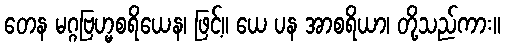
တေန မဂ္ဂဗြဟ္မစရိယေန၊ ဖြင့်။ ယေ ပန အာစရိယာ၊ တို့သည်ကား။